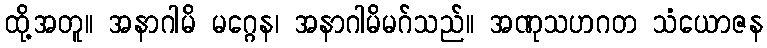
ထို့အတူ။ အနာဂါမိ မဂ္ဂေန၊ အနာဂါမိမဂ်သည်။ အဏုသဟဂတ သံယောဇန